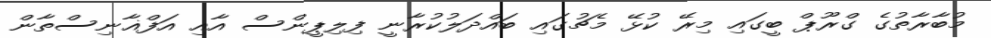
މުބާރާތުގެ ގްރޫޕް ބީގައި މިރޭ ކުޅޭ މެޗުގައި ބައްދަލުކުރާނީ ފިލިޕީންސް އާއި އަފްޣާނިސްތާން